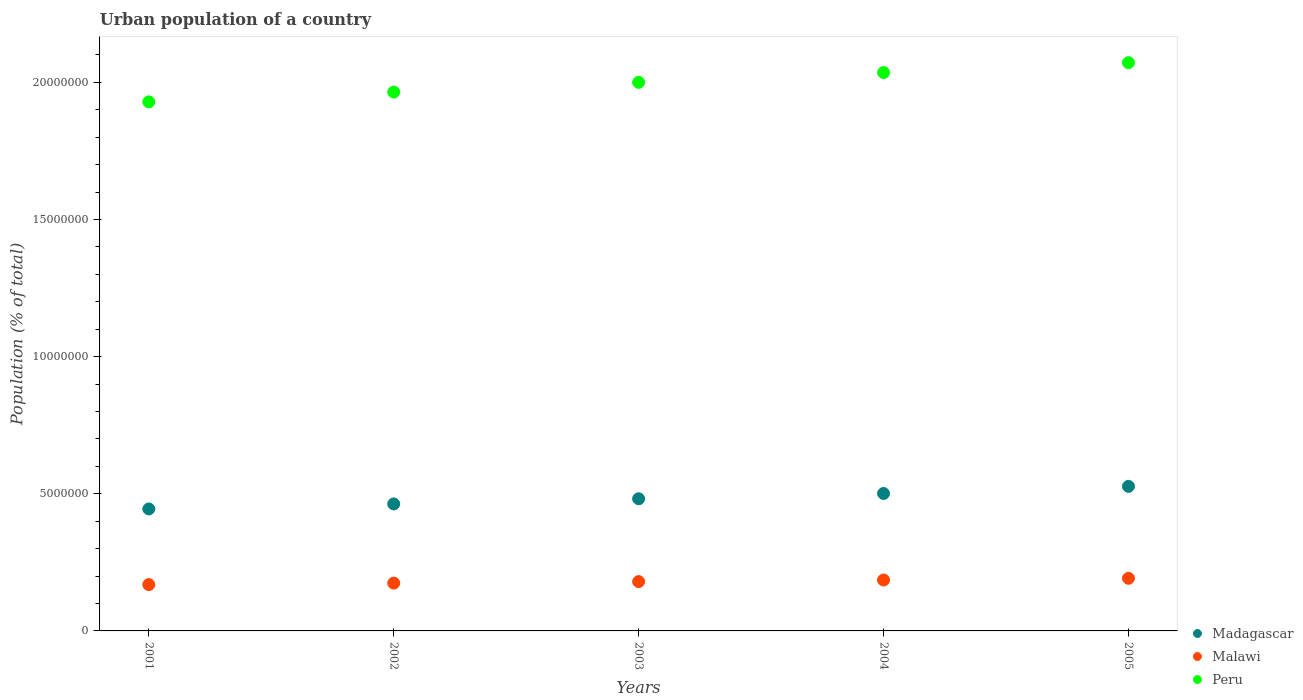
| Years | Madagascar | Malawi | Peru |
 | --- | --- | --- | --- |
 | 2001 | 4.45e+06 | 1.69e+06 | 1.93e+07 |
 | 2002 | 4.63e+06 | 1.74e+06 | 1.96e+07 |
 | 2003 | 4.82e+06 | 1.8e+06 | 2e+07 |
 | 2004 | 5.01e+06 | 1.86e+06 | 2.04e+07 |
 | 2005 | 5.27e+06 | 1.92e+06 | 2.07e+07 |